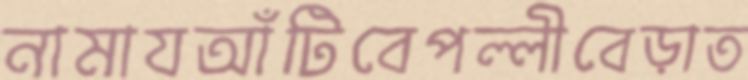
নামাযআঁটিবেপল্লীবেড়াত